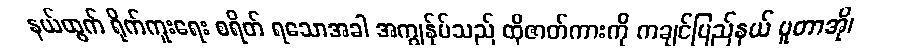
နယ်ထွက် ရိုက်ကူးရေး စရိတ် ရသောအခါ အကျွန်ုပ်သည် ထိုဇာတ်ကားကို ကချင်ပြည်နယ် ပူတာအို၊